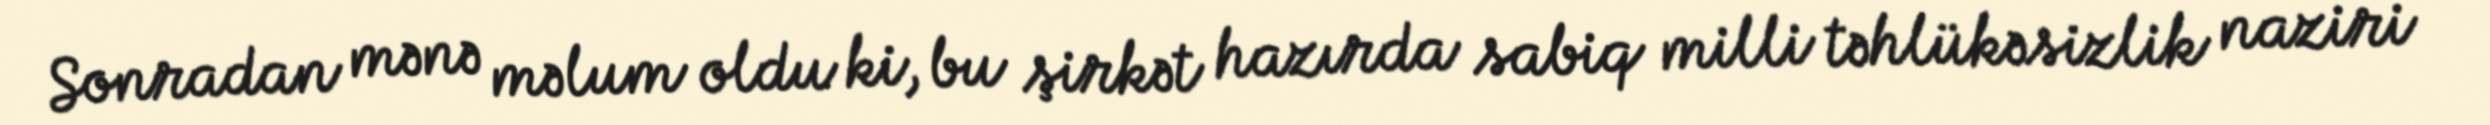
Sonradan mənə məlum oldu ki, bu şirkət hazırda sabiq milli təhlükəsizlik naziri